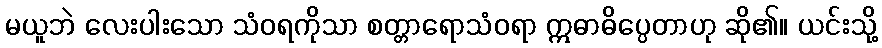
မယူဘဲ လေးပါးသော သံဝရကိုသာ စတ္တာရောသံဝရာ ဣဓာဓိပ္ပေတာဟု ဆို၏။ ယင်းသို့